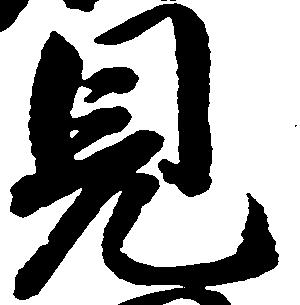
見